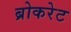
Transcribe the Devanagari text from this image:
ब्रोकरेट